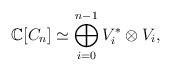
LaTeX: \begin{align*}\mathbb{C}[C_n]\simeq \bigoplus_{i=0}^{n-1} V_i^*\otimes V_i,\end{align*}